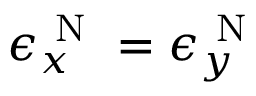
\epsilon _ { x } ^ { \mathrm { ~ N ~ } } = \epsilon _ { y } ^ { \mathrm { ~ N ~ } }